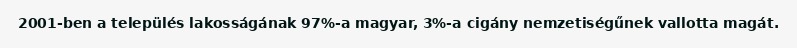
2001-ben a település lakosságának 97%-a magyar, 3%-a cigány nemzetiségűnek vallotta magát.